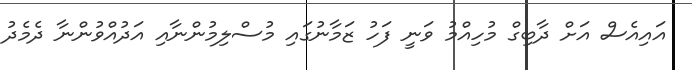
އައިއެސް އަށް ދާބިގް މުހިއްމު ވަނީ ފަހު ޒަމާނުގައި މުސްލިމުންނާއި އަދުއްވުންނާ ދެމެދު